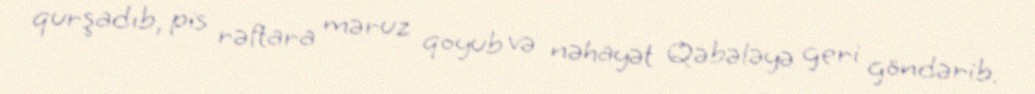
qurşadıb, pis rəftara məruz qoyub və nəhayət Qəbələyə geri göndərib.